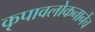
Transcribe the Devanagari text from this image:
कृपावलोकनानेंच